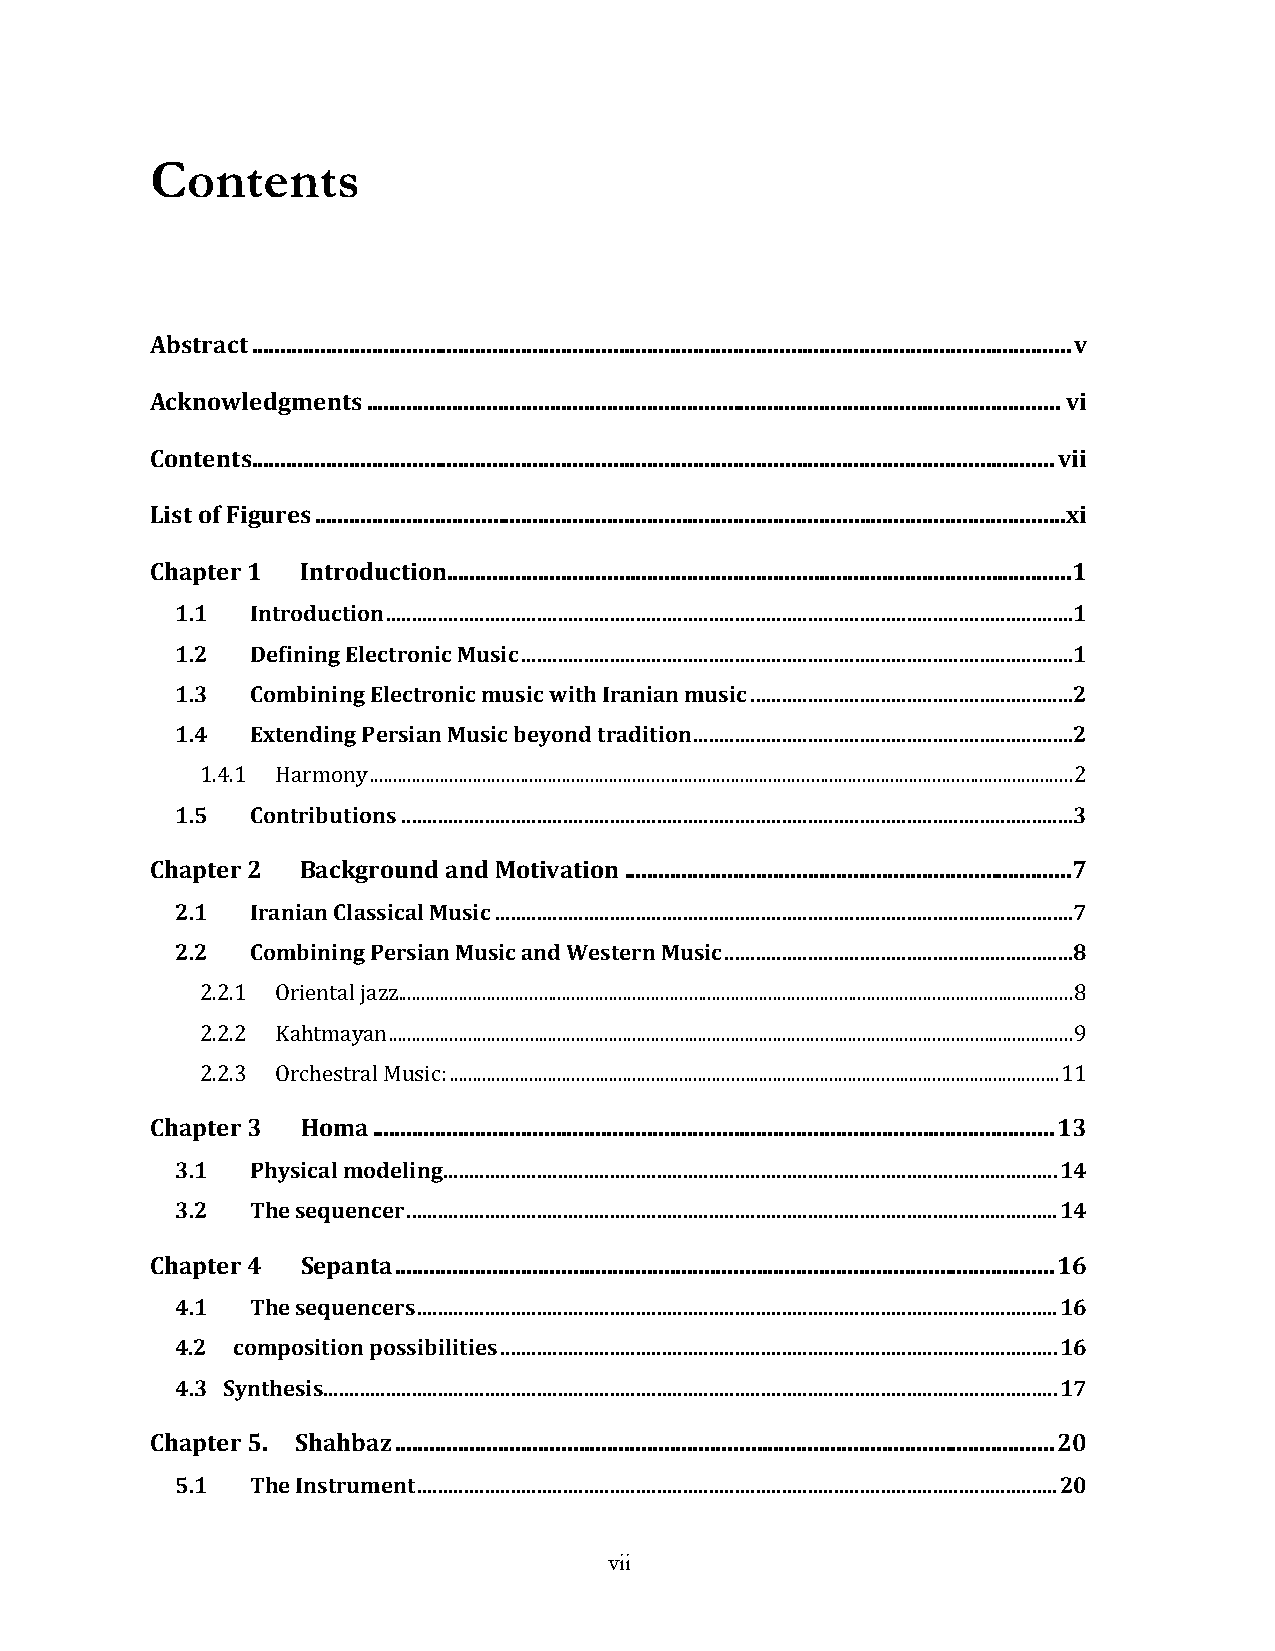
Contents
 Abstract ............................................................................................................................................... v
 Acknowledgments ......................................................................................................................... vi
 Contents ............................................................................................................................................ vii
 List of Figures ...................................................................................................................................xi
 Chapter 1 Introduction............................................................................................................. 1
 1.1  Introduction ....................................................................................................................................1
 1.2  Defining Electronic Music ..........................................................................................................1
 1.3  Combining Electronic music with Iranian music ..............................................................2
 1.4  Extending Persian Music beyond tradition .........................................................................2
 1.4.1 Harmony ...................................................................................................................................................... 2
 1.5  Contributions .................................................................................................................................3
 Chapter 2 Background and Motivation .............................................................................. 7
 2.1  Iranian Classical Music ...............................................................................................................7
 2.2  Combining Persian Music and Western Music ...................................................................8
 2.2.1 Oriental jazz ................................................................................................................................................ 8
 2.2.2 Kahtmayan .................................................................................................................................................. 9
 2.2.3 Orchestral Music: .................................................................................................................................. 11
 Chapter 3 Homa ....................................................................................................................... 13
 3.1  Physical modeling ...................................................................................................................... 14
 3.2  The sequencer ............................................................................................................................. 14
 Chapter 4 Sepanta ................................................................................................................... 16
 4.1  The sequencers ........................................................................................................................... 16
 4.2 composition possibilities ........................................................................................................... 16
 4.3 Synthesis............................................................................................................................................. 17
 Chapter 5. Shahbaz ................................................................................................................... 20
 5.1  The Instrument ........................................................................................................................... 20
 vii